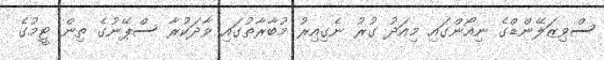
ސްވިޒަލޭންޑްގެ ނިއޯންގައި މިއަދު ގުރު ނެގިއިރު މުބާރާތުގައި ވާދަކުރާ ސްޕޭނުގެ ތިން ޓީމުގެ